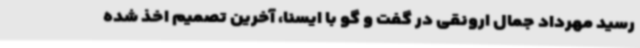
رسید مهرداد جمال ارونقی در گفت و گو با ایسنا، آخرین تصمیم اخذ شده